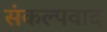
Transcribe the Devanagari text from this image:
संकल्पवाद